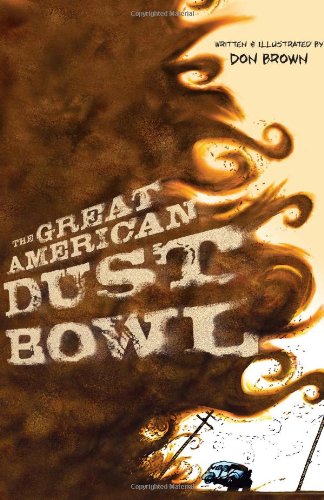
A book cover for The Great American Dust Bowl; Don Brown; Teen & Young Adult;